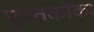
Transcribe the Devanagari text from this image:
पुस्‍तकोंका